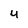
Character: u